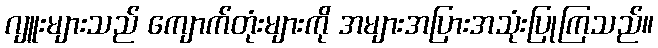
ဂျူးများသည် ကျောက်တုံးများကို အများအပြားအသုံးပြုကြသည်။